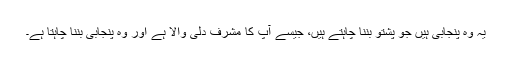
یہ وہ پنجابی ہیں جو پشتو بننا چاہتے ہیں، جیسے آپ کا مشرف دلی والا ہے اور وہ پنجابی بننا چاہتا ہے۔